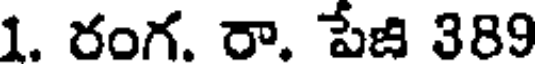
1. రంగ. రా. పేజి 389